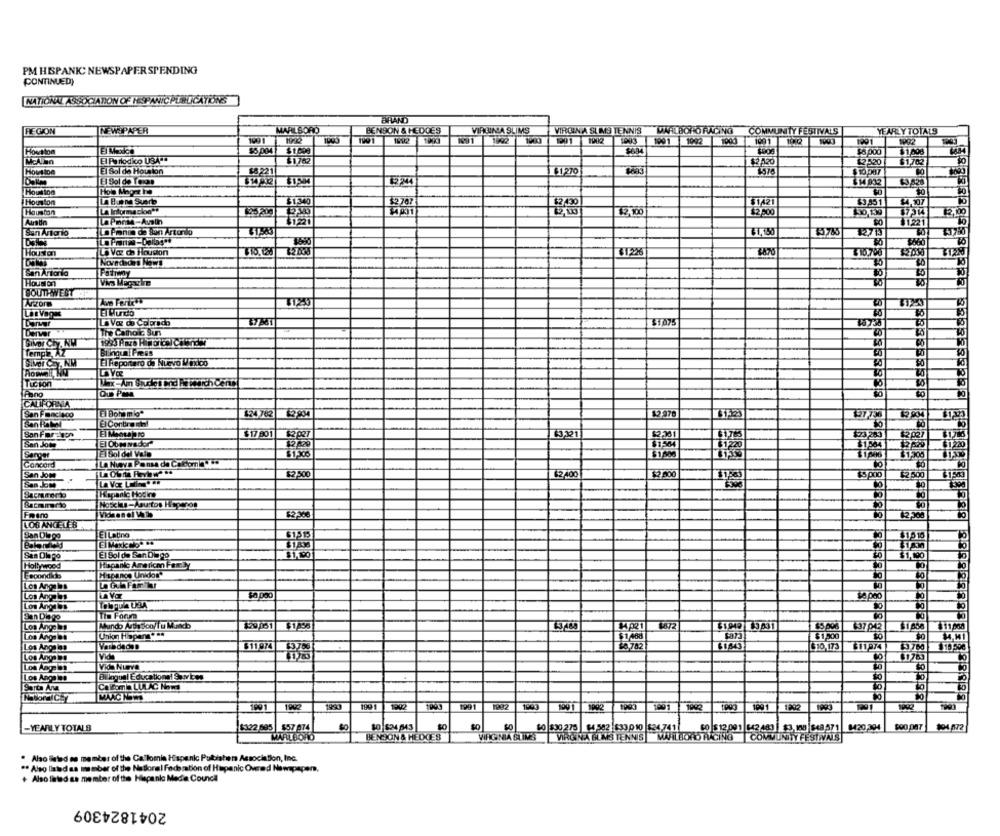
PM HISPANIC NEWSPAPER SPENDING
CONTINUED)
NATIONALASSOCIATION OF NESPANICPUBLICATIONS
BHAND
REGION
NEWSPAPER
MARLBORO
BENSON & HEDGES
VIRGINA SLIMS
VIRGIN A SLIMS TENNIS
MARLBORO RACING
COMMUNITY FESTIVALS
YEARLY TOTALS
109 1
1001
1991 1942 1900
291 1002 1993 1991 1092 1000
1001 152
1001
1992
Houston
$1.608
$8,000
$1,508
El Periodko USAPO
$1762
$2,520
$1,702
El Sol de Houston
$8 221
$127
1976
El Sol de Texas
Houston
Hola Megre IO
Houston
La Buena Suerte
$1.340
$2 767
$2.430
$1421
$4.907
La Informacion **
$2,100
12 800
Austin
LaPonMe-Austin
$0
$1,221
San Antonio
La Prensa de San Antonilo
#78
1275
Houston
La Voz Ch Houston
31286
₹10.700
Novedades News
San Antonia
Houston
SOUTHWEST
Aniron
El Mundo
La Vez da Colorado
Derver
The Catholic Sun
SIMDI Chy NW
Temp2, AZ
Bilhoun: Press
Siver Cry. NM
El Reportero of Nuevo Vidico
Ticion
Fano
Ou Poma
CALIFORNIA
San Fanc +oo
El Bohemio"
$24.762
$27,736
Son For-arpa
$17 901
$2027
63 321
$23,283
$2027
San Joe
12420
61 220
El Sol del Valo
Sanger
La Nueva Pansa de Calcom ** **
$1,696
[1,300
Concord
San Jow
$2,500
$2.000
ESpoo
42.500
San Jose
Bacmomento
Papanie Hodino
Sacmarto
12.300
LOS ANGELES
EILating
El Sol de San Diego
$1,190
Hollywood
Papanie American Family
Fecondido
Hispanos Unidos*
20
Los Angels
L Och Further
Los Angeles
Los Angles
San Diego
Tis Forma
Los Angels
Mundo Arthe Sco/ Tu Mundo
120 051 $1.58
$1942 3 431
37 042
Los Angeles
$1 488
$1,500
34,11
$11 974
£8,782
61643
Los Angeles
$10,173
$3 760
Los Ange !!
Vida Nueva
Los Angeles
Billequel Educational S.w.es
Caltoma LULAC Homa
Santa Ana
1991
1991
1991
1000
1091 1942
199
1993
-YEARLY TOTALS
$322 685 |$57 874
10 $34 643
$O $30 275 64 582 633 0 10 $24 7411
CO $12,091 542 483 |$3.150 $48 571 8420,004
MARLBORO
BENSON & HEDCES
VIRGINIA SLIM'S VIRGINA BUMS TENNIS MARLBORO FACING COMMUNITY FESTIVALS
. Also ileled as member of the Calloria Hispanic Pulishers Association, Inc.
** Also listed as member of the National Federation of Hispanic Overad Newspaper,
+ Also filed aa member of the Hispanic Media Council
2041824309